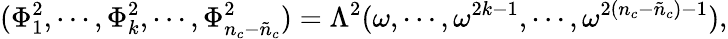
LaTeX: (\Phi_{1}^{2},\cdots,\Phi_{k}^{2},\cdots,\Phi_{n_{c}-\tilde{n}_{c}}^{2})=\Lambda^{2}(\omega,\cdots,\omega^{2k-1},\cdots,\omega^{2(n_{c}-\tilde{n}_{c})-1}),